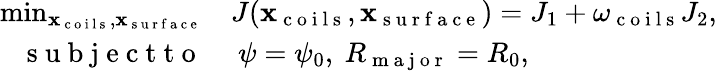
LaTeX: \begin{array}{rl}{\operatorname*{min}_{\mathbf x_{\mathrm{~c~o~i~l~s~}},\mathbf x_{\mathrm{~s~u~r~f~a~c~e~}}}}&{{}J(\mathbf x_{\mathrm{~c~o~i~l~s~}},\mathbf x_{\mathrm{~s~u~r~f~a~c~e~}})=J_{1}+\omega_{\mathrm{~c~o~i~l~s~}}J_{2},}\\ {\mathrm{~s~u~b~j~e~c~t~t~o~}}&{{}~\psi=\psi_{0},~R_{\mathrm{~m~a~j~o~r~}}=R_{0},}\end{array}